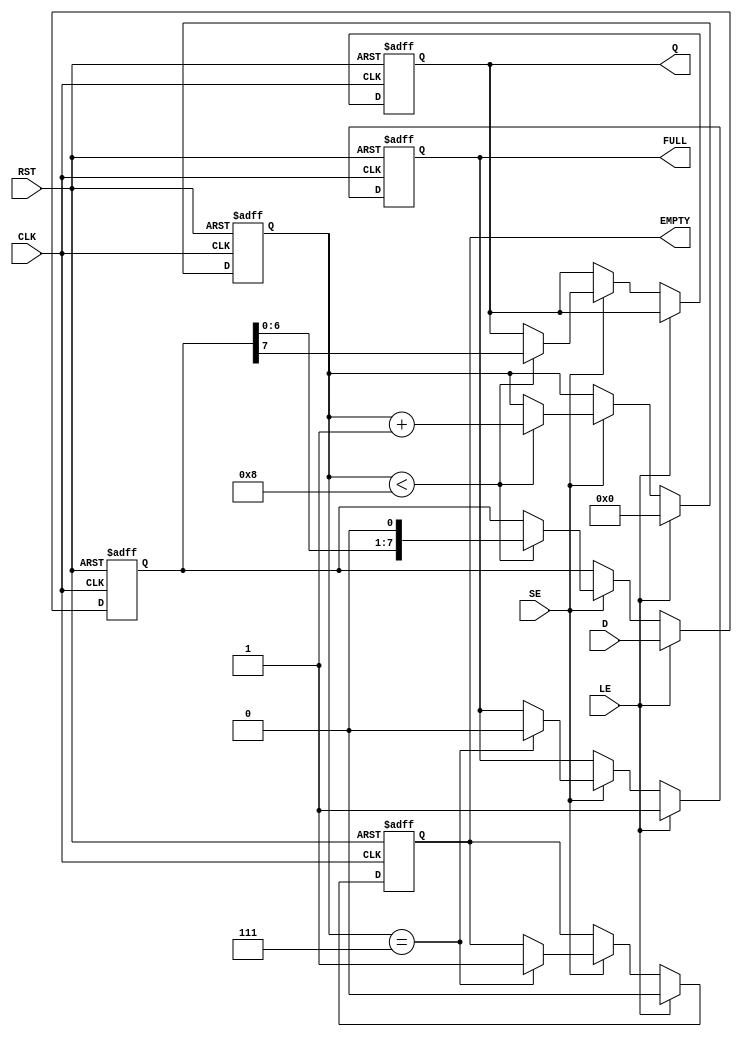
module PISO_Register #(
    parameter N = 8 // Configurable bit width
)(
    input  wire [N-1:0] D,      // Parallel Data Input
    input  wire LE,              // Load Enable
    input  wire SE,              // Shift Enable
    input  wire CLK,             // Clock
    input  wire RST,             // Reset
    output reg  Q,               // Serial Output
    output reg  FULL,            // Full Flag
    output reg  EMPTY            // Empty Flag
);

    reg [N-1:0] shift_reg;       // Shift register to hold the data
    reg [3:0] count;             // Counter to track the number of bits shifted out

    always @(posedge CLK or posedge RST) begin
        if (RST) begin
            shift_reg <= 0;       // Clear the shift register on reset
            Q <= 0;               // Clear serial output
            FULL <= 0;            // Clear full flag
            EMPTY <= 1;           // Set empty flag
            count <= 0;           // Reset count
        end else begin
            if (LE) begin
                shift_reg <= D;    // Load data into the shift register
                FULL <= 1;         // Set full flag
                EMPTY <= 0;        // Clear empty flag
                count <= 0;        // Reset count
            end else if (SE) begin
                if (count < N) begin
                    Q <= shift_reg[N-1]; // Output MSB
                    shift_reg <= {shift_reg[N-2:0], 1'b0}; // Shift left
                    count <= count + 1; // Increment count
                end
                if (count == N-1) begin
                    FULL <= 0;         // Clear full flag when all bits shifted out
                    EMPTY <= 1;        // Set empty flag when no bits left
                end
            end
        end
    end

endmodule